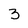
Character: 3